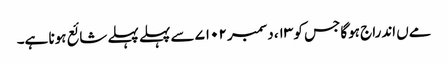
مےں اندراج ہوگا جس کو ۱۳، دسمبر ۷۱۰۲ سے پہلے پہلے شائع ہونا ہے۔